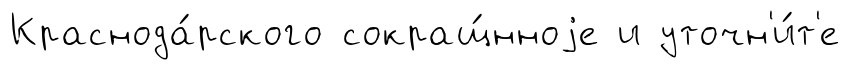
Краснода́рского сокращ́нноjе и уточн'и́т'е